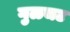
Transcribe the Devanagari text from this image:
गुळचट